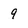
Character: 9